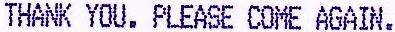
THANK YOU. PLEASE COME AGAIN.